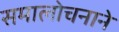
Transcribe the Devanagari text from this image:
समालोचनाने